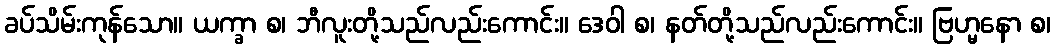
ခပ်သိမ်းကုန်သော။ ယက္ခာ စ၊ ဘီလူးတို့သည်လည်းကောင်း။ ဒေဝါ စ၊ နတ်တို့သည်လည်းကောင်း။ ဗြဟ္မနော စ၊